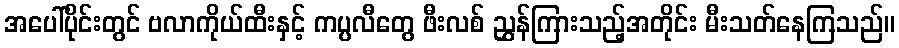
အပေါ်ပိုင်းတွင် ဗလာကိုယ်ထီးနှင့် ကပ္ပလီတွေ ဖီးလစ် ညွှန်ကြားသည့်အတိုင်း မီးသတ်နေကြသည်။